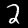
Label: 2